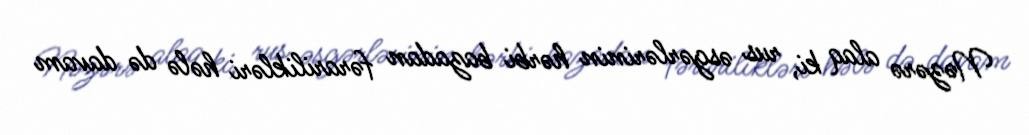
Nəzərə alaq ki, rus əsgərlərinin hərbi bazadan fərarilikləri hələ də davam